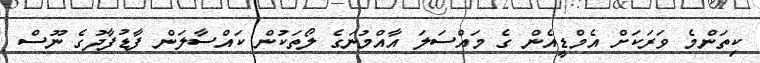
ކިތަންމެ ވަރަކަށް އެމްޑީއެން ގެ މައްސަލަ އާއްމުނަގެ ލޯތަކުން ކައްސާލަން ފާޑުފާދުގެ ނޫސް